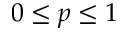
0 \le p \le 1